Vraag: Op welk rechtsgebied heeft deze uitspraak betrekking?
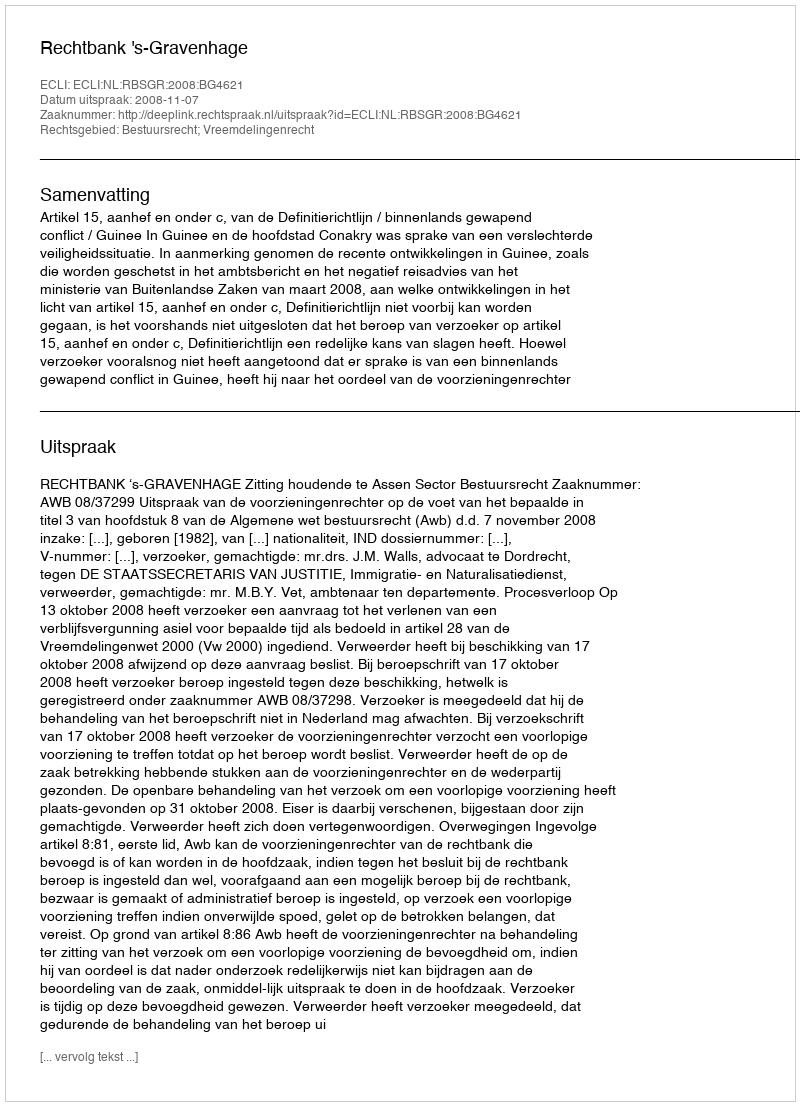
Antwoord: Bestuursrecht; Vreemdelingenrecht